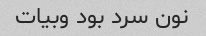
نون سرد بود وبیات